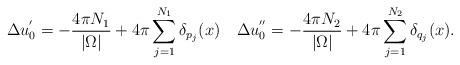
LaTeX: \begin{align*}\Delta u_0^{'}=-\dfrac{4\pi N_1}{|\Omega|}+4\pi\sum_{j=1}^{N_1}\delta_{p_j}(x)\quad\Delta u_0^{''}=-\dfrac{4\pi N_2}{|\Omega|}+4\pi\sum_{j=1}^{N_2}\delta_{q_j}(x).\end{align*}